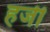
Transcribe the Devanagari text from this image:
हर्जी